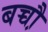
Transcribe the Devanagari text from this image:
बच्चौ़